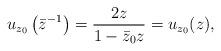
LaTeX: \begin{align*} u_{ z_0}\left( \bar z^{-1} \right) = \frac{2 z}{1 - \bar z_0 z} = u_{z_0}(z), \end{align*}